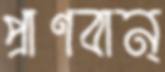
প্রাণবান্‌